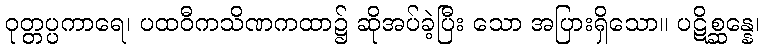
ဝုတ္တပ္ပကာရေ၊ ပထဝီကသိဏကထာ၌ ဆိုအပ်ခဲ့ပြီး သော အပြားရှိသော။ ပဋိစ္ဆန္နေ၊